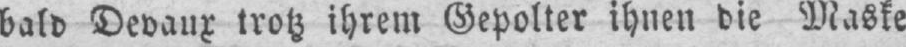
bald Devaux trotz ihrem Gepolter ihnen die Maske